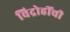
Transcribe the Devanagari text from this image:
विद्रोहींची